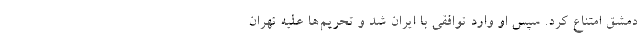
دمشق امتناع کرد. سپس او وارد توافقی با ایران شد و تحریم‌ها علیه تهران